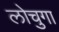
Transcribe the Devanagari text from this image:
लोचुगा